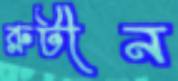
রুটীন